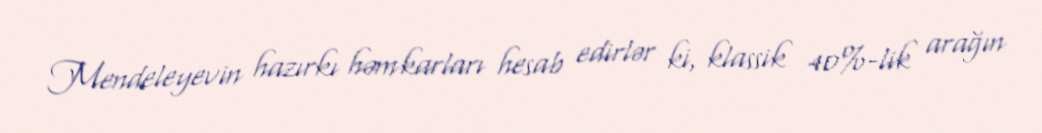
Mendeleyevin hazırkı həmkarları hesab edirlər ki, klassik 40%-lik arağın